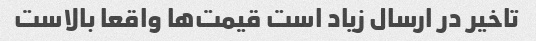
تاخیر در ارسال زیاد است قیمت‌ها واقعا بالاست